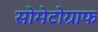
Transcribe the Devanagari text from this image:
सोमेटोग्राफ